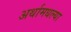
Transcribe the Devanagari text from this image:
अर्थामधल्या